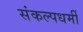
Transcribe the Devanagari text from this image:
संकल्पधर्मी